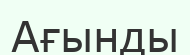
Ағынды